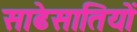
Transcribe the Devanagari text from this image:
साढेसातियों